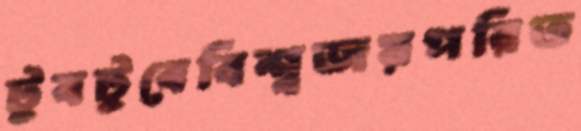
টুবটুবেবিশ্বজয়পরিত